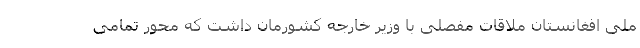
ملی افغانستان ملاقات مفصلی با وزیر خارجه کشورمان داشت که محور تمامی